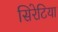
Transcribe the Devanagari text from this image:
सिरेटिया